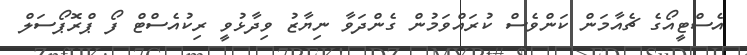
އެސްޓީއޯގެ ޗެއާމަން ކަންވެސް ކުރައްވަމުން ގެންދަވާ ނިޔާޒު ވިދާޅުވީ ރިކުއެސްޓް ފޯ ޕްރޮޕޯސަލް